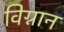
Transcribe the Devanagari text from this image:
विग्नान